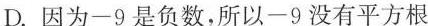
D.因为-9是负数，所以-9没有平方根